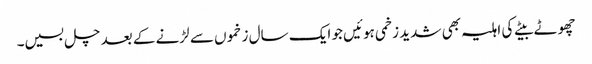
چھوٹے بیٹے کی اہلیہ بھی شدید زخمی ہوئیں جو ایک سال زخموں سے لڑنے کے بعد چل بسیں۔